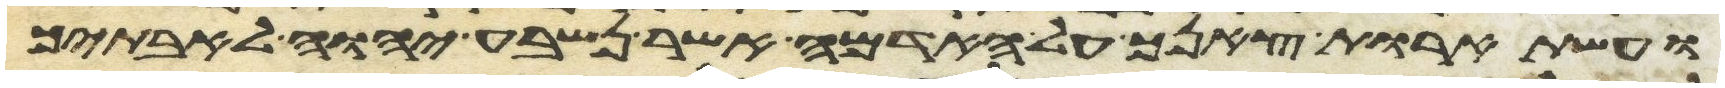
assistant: ועשתרות צאנך על האדמה אשר נשבע יהוה לאבתיך